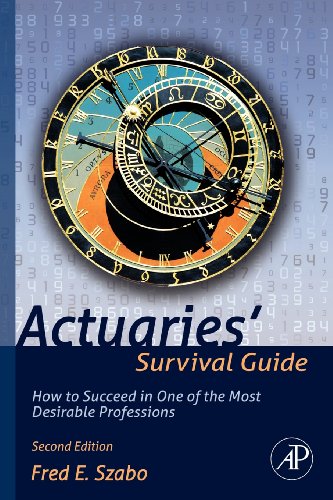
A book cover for Actuaries' Survival Guide, Second Edition: How to Succeed in One of the Most Desirable Professions; Fred Szabo; Business & Money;